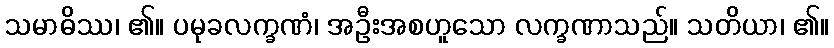
သမာဓိဿ၊ ၏။ ပမုခလက္ခဏံ၊ အဦးအစဟူသော လက္ခဏာသည်။ သတိယာ၊ ၏။